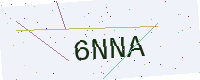
Text: 6NNA